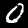
Label: 0